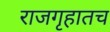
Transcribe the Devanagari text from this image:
राजगृहातच